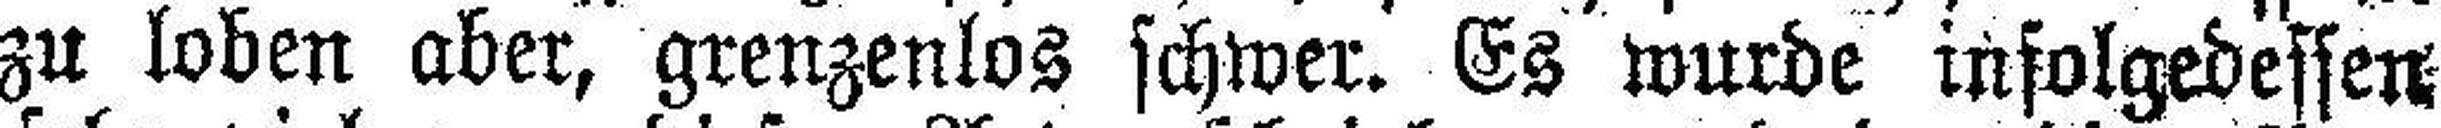
zu loben aber, grenzenlos schwer. Es wurde infolgedessen